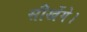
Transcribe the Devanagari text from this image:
सीखेंगे।